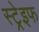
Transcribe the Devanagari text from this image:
स्ट्रेइफ